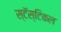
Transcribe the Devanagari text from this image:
स्टॅस्टिकल